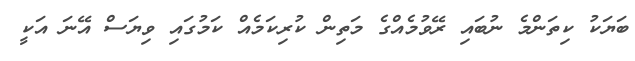
ބަޔަކު ކިތަންމެ ނުބައި ރޭވުމެއްގެ މަތިން ކުރިކަމެއް ކަމުގައި ވިޔަސް އޭނަ އަކީ